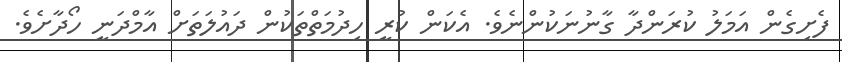
ފެށިގެން އަމަލު ކުރަންދާ ގާނުނަކުންނެވެ. އެކަން ކުރީ ހިދުމަތްތަކުން ދައުލަތަށް އާމްދަނީ ހޯދާށެވެ.